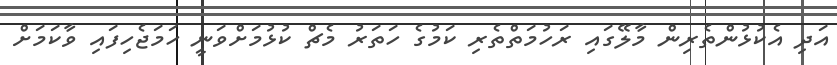
އަދި އެކުޅުންތެރިން މާލޭގައި ރަހުމަތްތެރި ކަމުގެ ހަތަރު މެޗް ކުޅުމަށްވަނީ ހަމަޖެހިފައި ވާކަމަށް